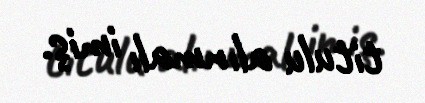
titulu alınmalı imiş.